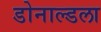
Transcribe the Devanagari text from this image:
डोनाल्डला